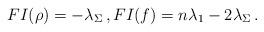
LaTeX: \begin{align*}FI(\rho) = - \lambda_\Sigma \, , FI(f) = n\lambda_1 - 2 \lambda_\Sigma \,. \end{align*}